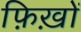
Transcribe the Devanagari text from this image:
फ़िख़ों